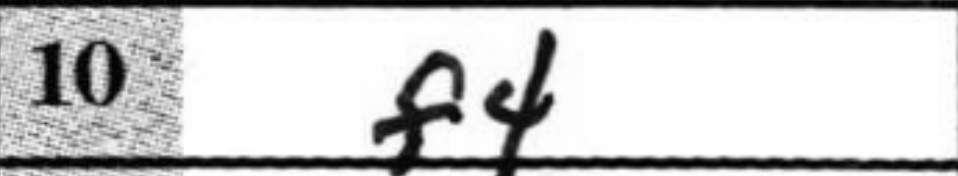
Transcription: f4